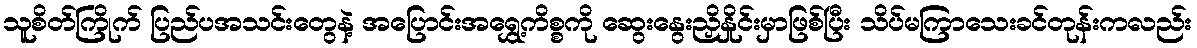
သူစိတ်ကြိုက် ပြည်ပအသင်းတွေနဲ့ အပြောင်းအရွှေ့ကိစ္စကို ဆွေးနွေးညှိနှိုင်းမှာဖြစ်ပြီး သိပ်မကြာသေးခင်တုန်းကလည်း